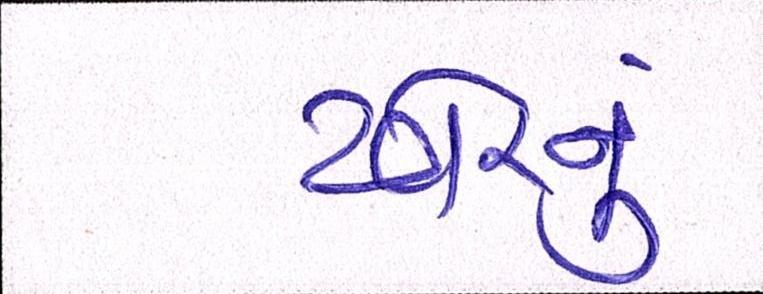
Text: ઢોરનું